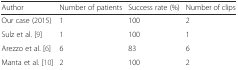
| Author | Number of patients | Success rate (%) | Number of clips |
 | --- | --- | --- | --- |
 | Our case (2015) | 1 | 100 | 2 |
 | Sulz et al. [9] | 1 | 100 | 1 |
 | Arezzo et al. [6] | 6 | 83 | 6 |
 | Manta et al. [10] | 2 | 100 | 2 |